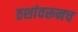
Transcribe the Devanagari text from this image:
ठशांवरूनच